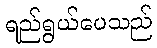
ရည်ရွယ်ပေသည်